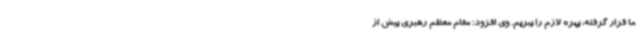
ما قرار گرفته، بهره لازم را ببریم. وی افزود: مقام معظم رهبری بیش از